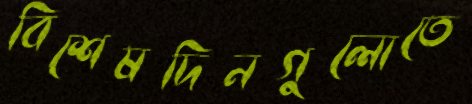
বিশেষদিনগুলোতে